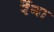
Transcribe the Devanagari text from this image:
रेंगा